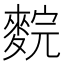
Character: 䴷